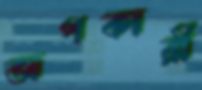
জপকারী